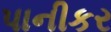
પાનીકર